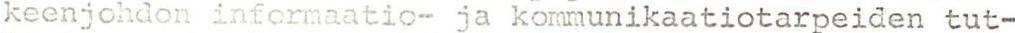
keenjohdon informaatio- ja kommunikaatiotarpeiden tut-